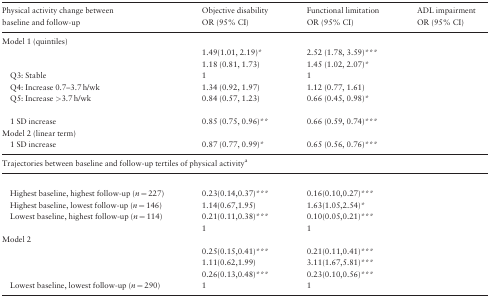
<table><thead><tr><td><b>Physical activity change between baseline and follow-up</b></td><td><b>Objective disability OR (95% CI)</b></td><td><b>Functional limitation OR (95% CI)</b></td><td><b>ADL impairment OR (95% CI)</b></td></tr></thead><tbody><tr><td>Model 1 (quintiles)</td><td>[EMPTY_CELL]</td><td>[EMPTY_CELL]</td><td>[EMPTY_CELL]</td></tr><tr><td>[EMPTY_CELL]</td><td>1.49(1.01, 2.19)*</td><td>2.52 (1.78, 3.59)***</td><td>[EMPTY_CELL]</td></tr><tr><td>[EMPTY_CELL]</td><td>1.18 (0.81, 1.73)</td><td>1.45 (1.02, 2.07)*</td><td>[EMPTY_CELL]</td></tr><tr><td>Q3: Stable</td><td>1</td><td>1</td><td>[EMPTY_CELL]</td></tr><tr><td>Q4: Increase 0.7–3.7 h/wk</td><td>1.34 (0.92, 1.97)</td><td>1.12 (0.77, 1.61)</td><td>[EMPTY_CELL]</td></tr><tr><td>Q5: Increase &gt;3.7 h/wk</td><td>0.84 (0.57, 1.23)</td><td>0.66 (0.45, 0.98)*</td><td>[EMPTY_CELL]</td></tr><tr><td>[EMPTY_CELL]</td><td>[EMPTY_CELL]</td><td>[EMPTY_CELL]</td><td>[EMPTY_CELL]</td></tr><tr><td>1 SD increase</td><td>0.85 (0.75, 0.96)**</td><td>0.66 (0.59, 0.74)***</td><td>[EMPTY_CELL]</td></tr><tr><td>Model 2 (linear term)</td><td>[EMPTY_CELL]</td><td>[EMPTY_CELL]</td><td>[EMPTY_CELL]</td></tr><tr><td>1 SD increase</td><td>0.87 (0.77, 0.99)*</td><td>0.65 (0.56, 0.76)***</td><td>[EMPTY_CELL]</td></tr><tr><td colspan="4">Trajectories between baseline and follow-up tertiles of physical activity<sup>a</sup></td></tr><tr><td>[EMPTY_CELL]</td><td>[EMPTY_CELL]</td><td>[EMPTY_CELL]</td><td>[EMPTY_CELL]</td></tr><tr><td>Highest baseline, highest follow-up (<i>n</i> = 227)</td><td>0.23(0.14,0.37)***</td><td>0.16(0.10,0.27)***</td><td>[EMPTY_CELL]</td></tr><tr><td>Highest baseline, lowest follow-up (<i>n</i> = 146)</td><td>1.14(0.67,1.95)</td><td>1.63(1.05,2.54)*</td><td>[EMPTY_CELL]</td></tr><tr><td>Lowest baseline, highest follow-up (<i>n</i> = 114)</td><td>0.21(0.11,0.38)***</td><td>0.10(0.05,0.21)***</td><td>[EMPTY_CELL]</td></tr><tr><td>[EMPTY_CELL]</td><td>1</td><td>1</td><td>[EMPTY_CELL]</td></tr><tr><td>Model 2</td><td>[EMPTY_CELL]</td><td>[EMPTY_CELL]</td><td>[EMPTY_CELL]</td></tr><tr><td>[EMPTY_CELL]</td><td>0.25(0.15,0.41)***</td><td>0.21(0.11,0.41)***</td><td>[EMPTY_CELL]</td></tr><tr><td>[EMPTY_CELL]</td><td>1.11(0.62,1.99)</td><td>3.11(1.67,5.81)***</td><td>[EMPTY_CELL]</td></tr><tr><td>[EMPTY_CELL]</td><td>0.26(0.13,0.48)***</td><td>0.23(0.10,0.56)***</td><td>[EMPTY_CELL]</td></tr><tr><td>Lowest baseline, lowest follow-up (<i>n</i> = 290)</td><td>1</td><td>1</td><td>[EMPTY_CELL]</td></tr></tbody></table>